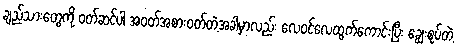
ချည်သားတွေကို ဝတ်ဆင်ပါ အဝတ်အစားဝတ်တဲ့အခါမှာလည်း လေဝင်လေထွက်ကောင်းပြီး ချွေးစုပ်တဲ့